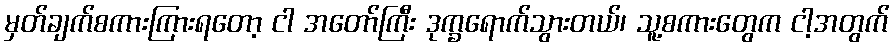
မှတ်ချက်စကားကြားရတော့ ငါ အတော်ကြီး ဒုက္ခရောက်သွားတယ်၊ သူ့စကားတွေက ငါ့အတွက်